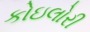
કોઇલોરી